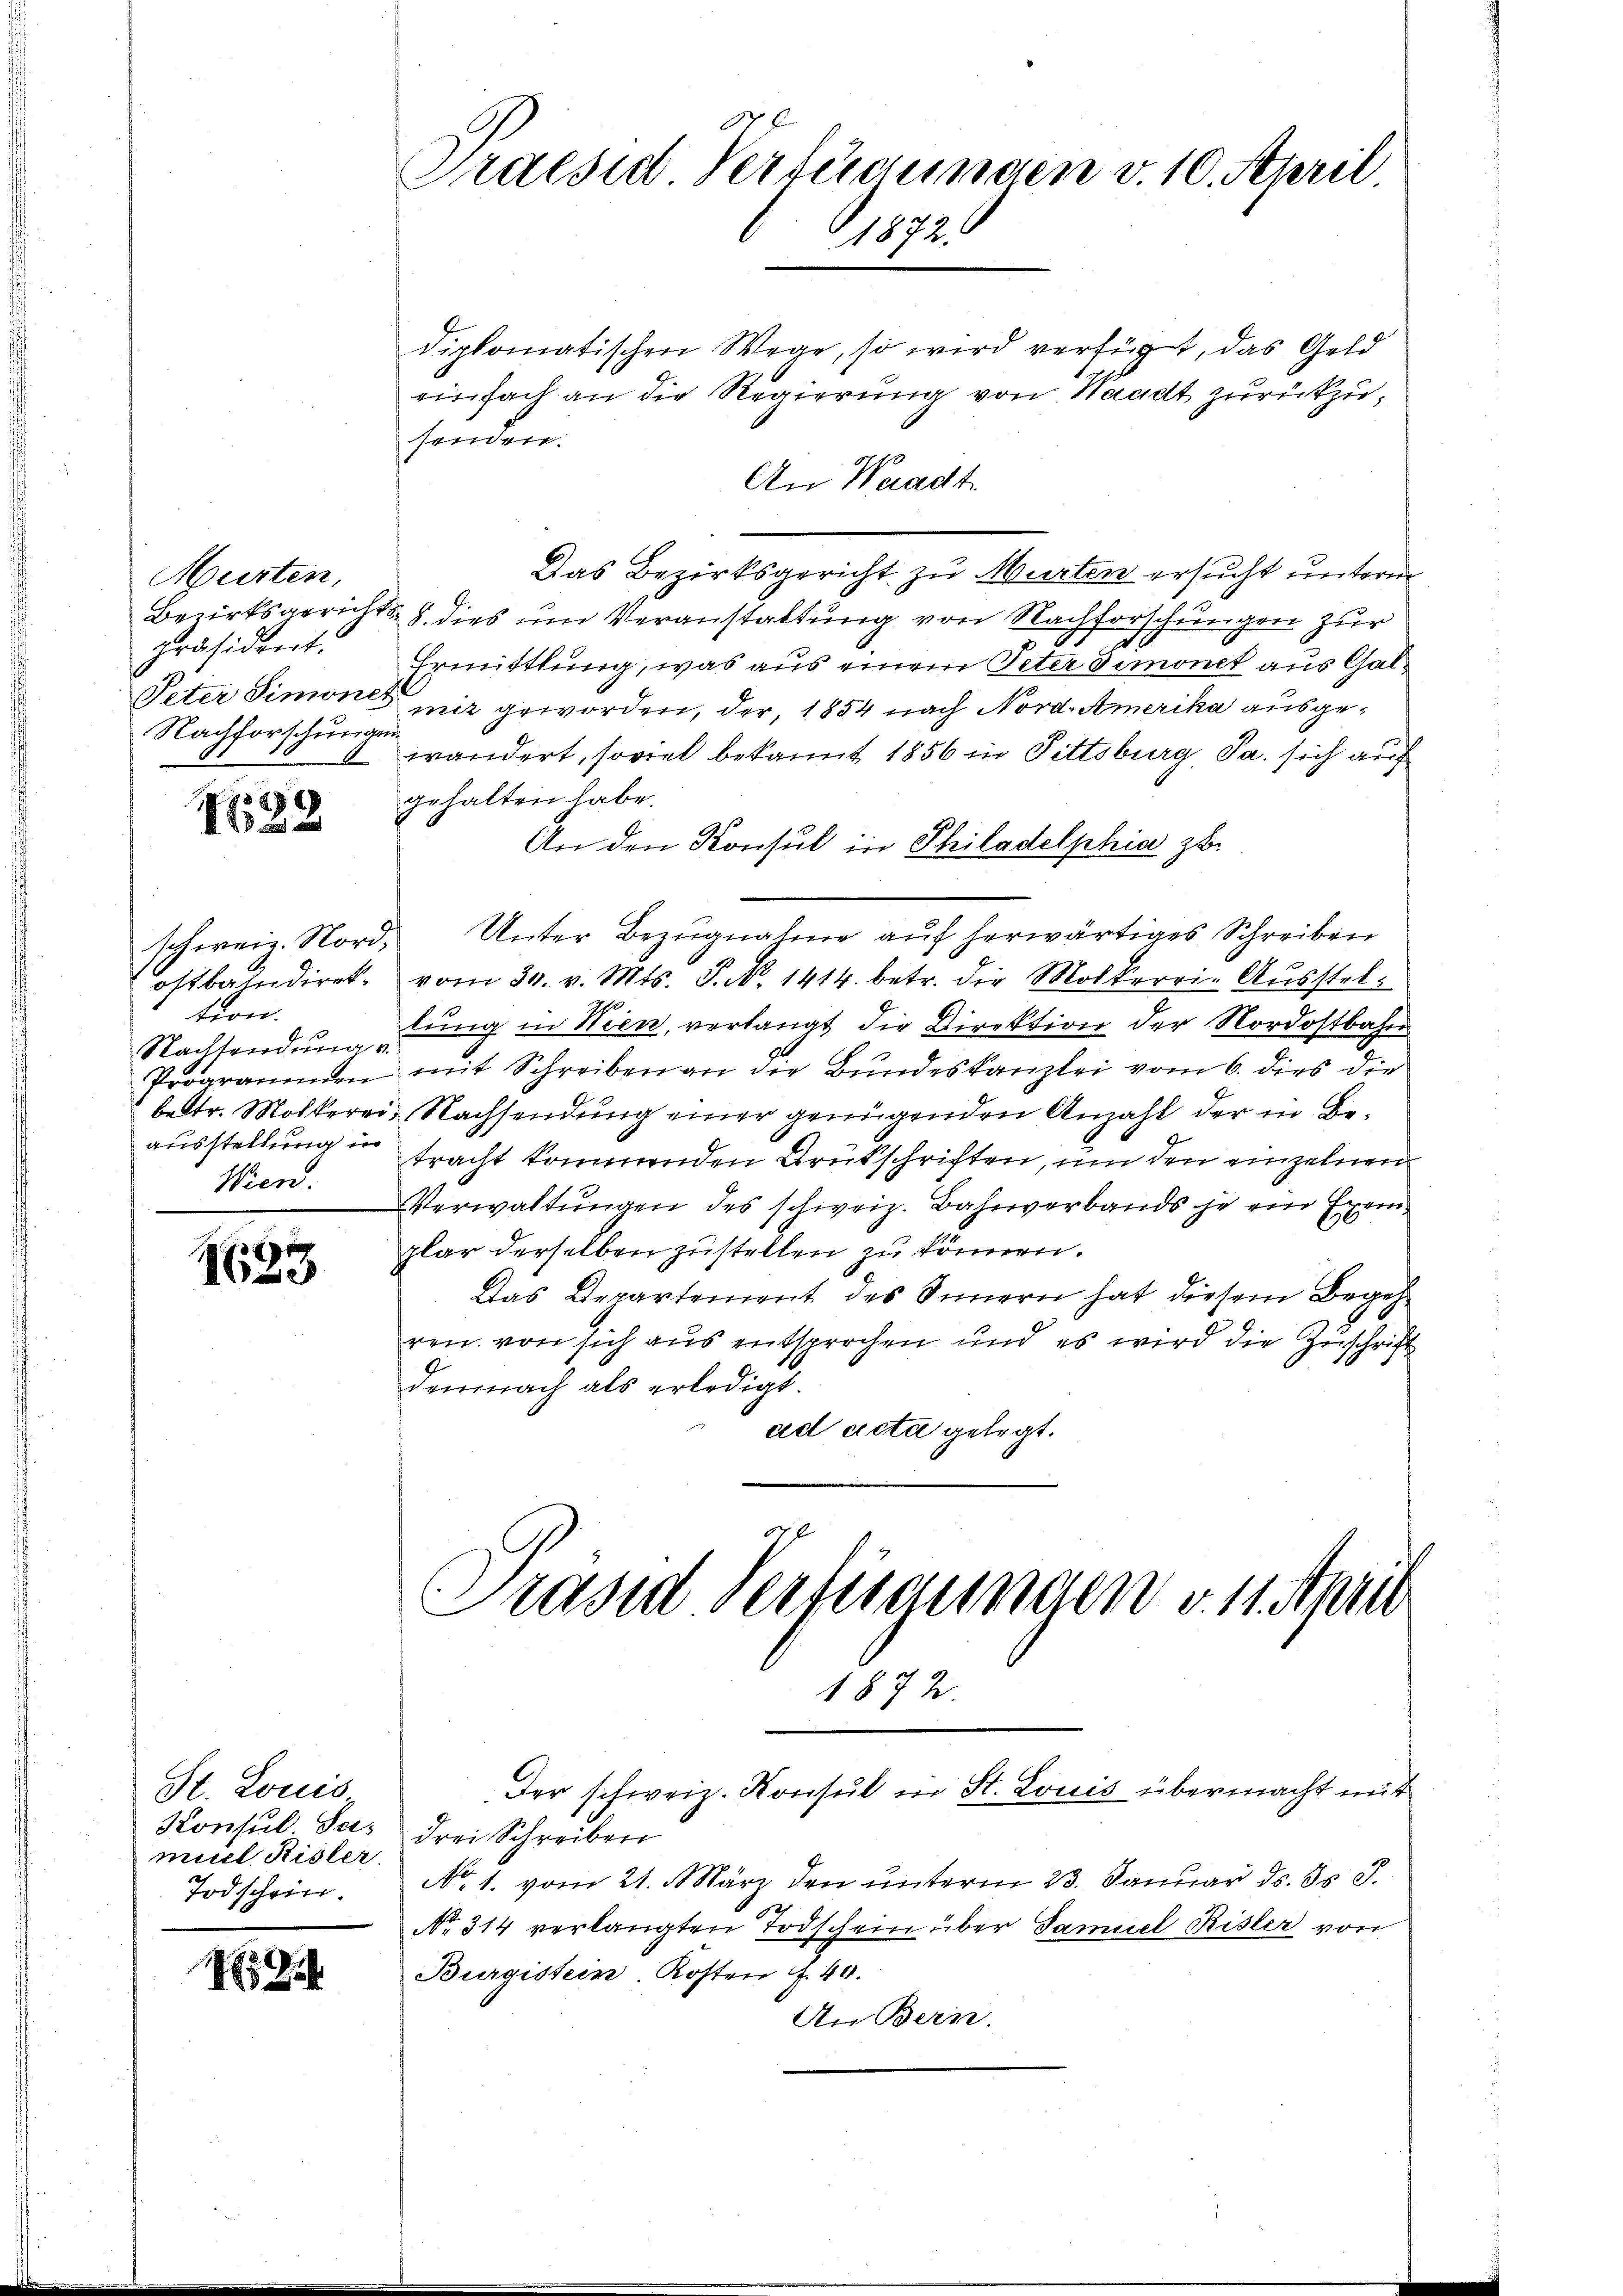
Murten,
Bezirksgericht
Präsident.
Peter Simoni
Nachforschung

28)
12

schweiz. Nordostbahndirektion.
Nachtendung.
Programenden
betr. Mölkerr
ausstellung in
Wien.

1633

St. Louis
Konsul- Sei-
muel Risler
Todschein.

.
Praesid Verfügungen v. 10. April
1872

diplomatischen Wege, so wird verfügt, das Geld
einfach an die Regierung von Waadt zurückzusenden.
An Waadt.
Das Bezirksgericht zu Murten ersucht unterm
 8. dies um Veranstaltung von Nachforschungen zur
Ermittlung, was aus einem Peter dimonet aus Gal¬
2 mit geworden, der, 1854 nach Nord. Amerika ausge¬
 wandert, soviel bekannt 1856 in Pittsburg, Ja. sich auch
gehalten habe.
An den Konsul in Philadelphia zb.
a. Unter Bezugnahme auf herwärtiges Schreiben
vom 30. v. Mts. S. N. 1414. betr. die Molkerri- Ausstellung in Wien, verlangt die Direktion der Nordostbahn
mit Schreiben an die Bundeskanzlei vom 6. dies die
Nachsendung einer genügenden Anzahl der in Betracht kommenden Brückschriften, um den einzelnen
Verwaltungen des schweiz. Bahnverbands je ein Exemplar derselben zustellen zu können.
Das Departement des Innern hat diesem Begehren von sich aus entsprochen und es wird die Zuschrift
demnach als erledigt.
ad acta gelegt.

Präsid vertraumten v. 14. April

Der schweiz. Konsul in St. Louis übermacht mit
drei Schreiben
No. 1. vom 21. März den unterm 23. Januar ds. I S.
No. 314 verlangten Todschein über Samuel Kister von
Burgistein Kosten f. 40.
An Bern.

1872